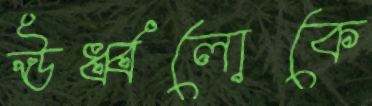
ঊর্ধ্বলোকে